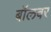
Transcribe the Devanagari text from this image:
बॉलवर